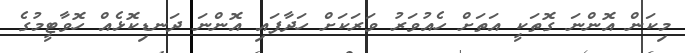
މިކަން އޮންނަ ގޮތަކީ އަތަށް ހެއުވަރު ވަރަކަށް ހަދާފައި އޮންނަ ދަނޑިކޮޅެއް ހޮވާޓީމުގެ